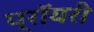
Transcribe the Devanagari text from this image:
प्रॉयरी